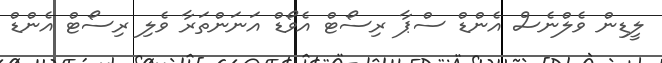
ލީޑިން ވެލްނެސް އެންޑް ސްޕާ ރިސޯޓް އެވޯޑް އަނަންތަރާ ވެލި ރިސޯޓް އެންޑް